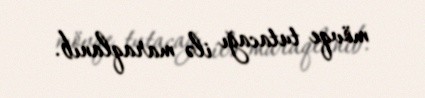
mövqe tutacağı ilə maraqlanıb.